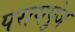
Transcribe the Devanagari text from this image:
परागपुंज